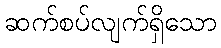
ဆက်စပ်လျက်ရှိသော